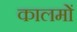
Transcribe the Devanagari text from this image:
कालमों